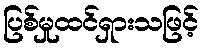
ပြစ်မှုထင်ရှားသဖြင့်